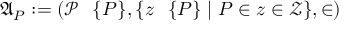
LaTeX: { \mathfrak { A } } _ { P } : = ( { \mathcal { P } } \setminus \{ P \} , \{ z \setminus \{ P \} \mid P \in z \in { \mathcal { Z } } \} , \in )